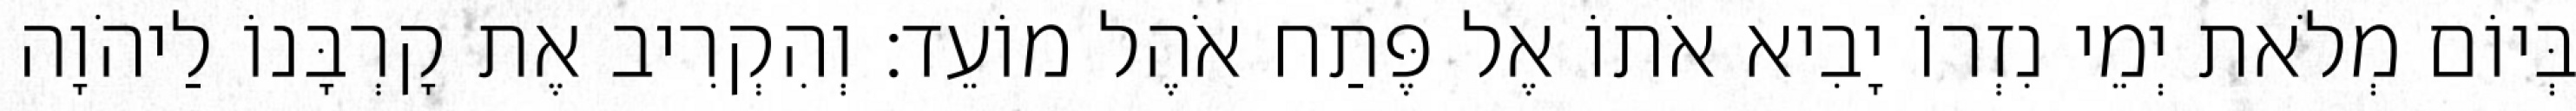
בְּיוֹם מְלֹאת יְמֵי נִזְרוֹ יָבִיא אֹתוֹ אֶל פֶּתַח אֹהֶל מוֹעֵד׃ וְהִקְרִיב אֶת קָרְבָּנוֹ לַיהֹוָה